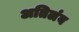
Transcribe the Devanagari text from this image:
अतिलंब